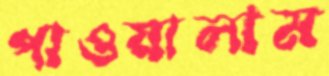
পাওয়ালাম